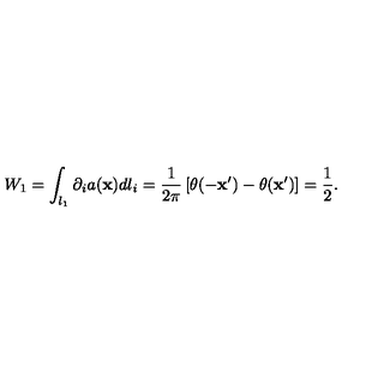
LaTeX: W _ { 1 } = \int _ { l _ { 1 } } \partial _ { i } a ( { \bf x } ) d l _ { i } = \frac { 1 } { 2 \pi } \left[ \theta ( - { \bf x } ^ { \prime } ) - \theta ( { \bf x } ^ { \prime } ) \right] = \frac { 1 } { 2 } .